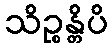
သိဉ္စန္တိပိ